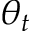
\theta _ { t }